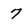
Character: 7